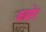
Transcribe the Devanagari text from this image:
कन्नोर